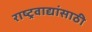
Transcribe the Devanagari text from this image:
राष्ट्रवाद्यांसाठी